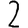
Digit: 2